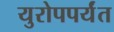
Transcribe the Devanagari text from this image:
युरोपपर्यंत